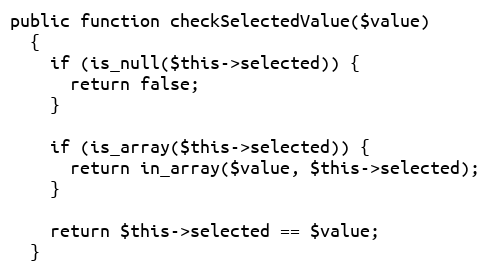
Language: PHP
public function checkSelectedValue($value)
  {
    if (is_null($this->selected)) {
      return false;
    }

    if (is_array($this->selected)) {
      return in_array($value, $this->selected);
    }

    return $this->selected == $value;
  }